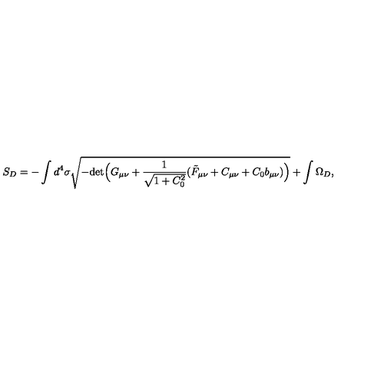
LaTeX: S _ { D } = - \int d ^ { 4 } \sigma \sqrt { - \mathrm { d e t } \Big ( G _ { \mu \nu } + \frac { 1 } { \sqrt { 1 + C _ { 0 } ^ { 2 } } } ( \tilde { F } _ { \mu \nu } + C _ { \mu \nu } + C _ { 0 } b _ { \mu \nu } ) \Big ) } + \int \Omega _ { D } ,